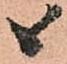
候